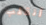
أنقلب